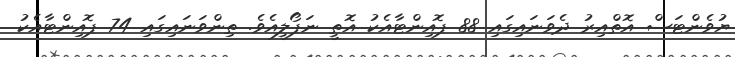
ޔުވެންޓަސް އޮތްއިރު ދެވަނައިގައި 88 ޕޮއިންޓާއެކު އޮތީ ނަޕޯލީއެވެ. ތިންވަނައިގައި 74 ޕޮއިންޓާއެކު